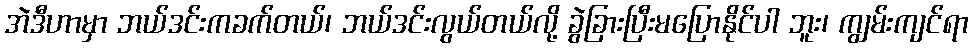
အဲဒီဟာမှာ ဘယ်ဒင်းကခက်တယ်၊ ဘယ်ဒင်းလွယ်တယ်လို့ ခွဲခြားပြီးမပြောနိုင်ပါ ဘူး၊ ကျွမ်းကျင်ရာ